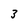
Character: 3